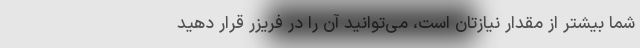
شما بیشتر از مقدار نیازتان است، می‌توانید آن را در فریزر قرار دهید